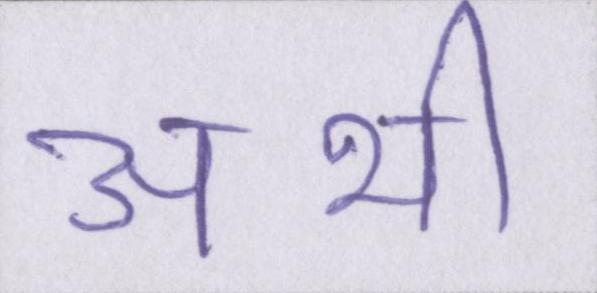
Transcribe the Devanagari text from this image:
अभी